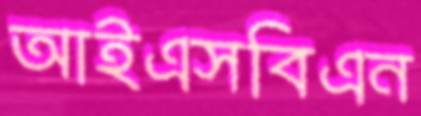
আইএসবিএন